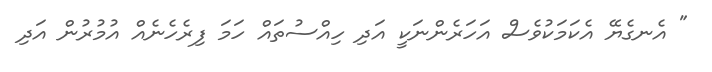
" އެނގެޔޭ އެކަމަކުވެސް އަހަރެންނަކީ އަދި ހިއްސުތައް ހަމަ ފިރެހެނެއް އުމުރުން އަދި